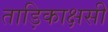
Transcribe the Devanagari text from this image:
ताड़िकाक्षसी